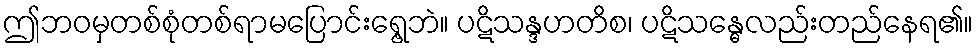
ဤဘဝမှတစ်စုံတစ်ရာမပြောင်းရွေ့ဘဲ။ ပဋိသန္ဒဟတိစ၊ ပဋိသန္ဓေလည်းတည်နေရ၏။